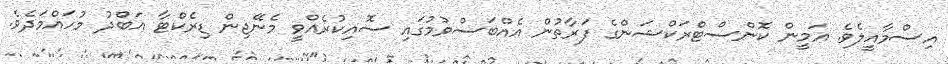
އިސްމާއީލެވެ. އަމީން ކޮންސްޓްރަކްޝަންގެ ފަރާތުން އެއްބަސްވުމުގައި ސޮއިކުރެއްވީ މެނޭޖިން ޑިރެކްޓާ އަބްދު މުހައްމަދެވެ.